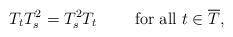
LaTeX: \begin{align*}T_{t}T^2_s=T^2_sT_{t}\quad\quad\mbox{ for all }t\in\overline{T},\end{align*}